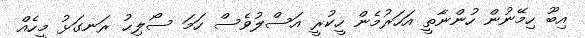
އިބޫ ހިމޭނުން ހުންނާތީ އަހަރުމެން ހީކުރީ އަސްލުވެސް ހަމަ ސޯލިޙު ރަނގަޅު މީހެއް